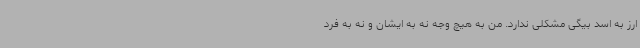
ارز به اسد بیگی مشکلی ندارد. من به هیچ وجه نه به ایشان و نه به فرد